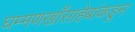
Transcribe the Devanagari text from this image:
घम्मणखाँसाहेबांकडून